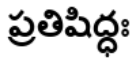
ప్రతిషిద్ధః